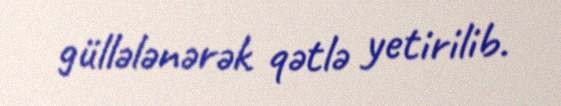
güllələnərək qətlə yetirilib.